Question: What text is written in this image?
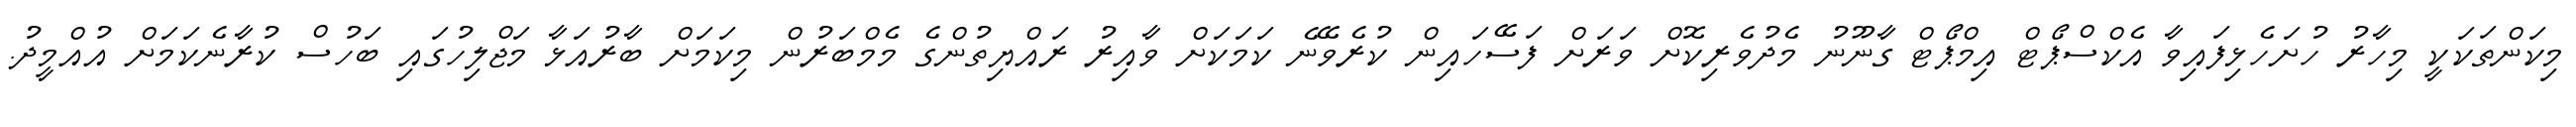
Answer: މިކަންތަކަކީ މިހާރު ހުށަހެޅިފައިވާ އެކްސްޕޯޓް އިމްޕޯޓް ގާނޫނު މެދުވެރިކޮށް ވަރަށް ފަސޭހައިން ކުރެވޭނެ ކަމަކަށް ވާއިރު ރައްޔިތުންގެ މެމްބަރުން މިކަމަށް ބާރުއަޅާ މަޖްލިހުގައި ބަހުސް ކުރާނެކަމަށް އުއްމީދު.